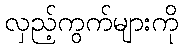
လှည့်ကွက်များကို